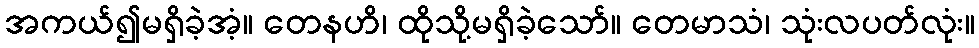
အကယ်၍မရှိခဲ့အံ့။ တေနဟိ၊ ထိုသို့မရှိခဲ့သော်။ တေမာသံ၊ သုံးလပတ်လုံး။